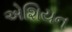
એશિયન